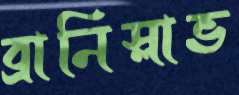
ব্রানিস্লাভ